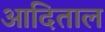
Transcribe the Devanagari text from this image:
आदिताल